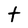
Character: t